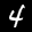
Label: 4